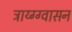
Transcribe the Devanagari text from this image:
ट्राय्ग्ग्वासन